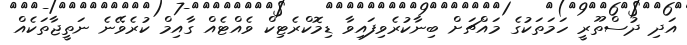
އަދި ދުސްތޫރީ ހަމަތަކުގެ މައްޗަށް ބިނާކުރެވިފައިވާ ޑިމޮކްރެޓިކް ވެއްޓެއް ގާއިމް ކުރެވޭނެ ނަތީޖާތަކެއް